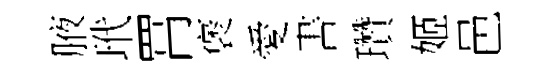
腋玳罥褒愛書瓚姬邑